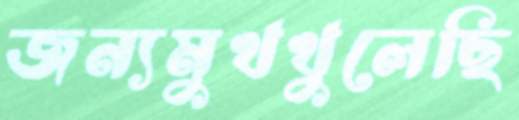
জন্যমুখখুলেছি